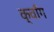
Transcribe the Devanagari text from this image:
क्वाँग